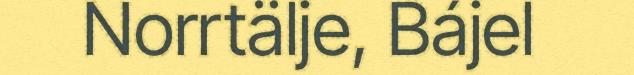
Norrtälje, Bájel